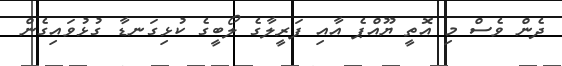
ދެން ވެސް މި އޮތީ ޔޫއްޕެ އާއި ފަރީލާގެ ލޯބީގެ ކުޅިގަނޑާ ގުޅުވައިގެން